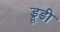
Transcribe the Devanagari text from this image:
ड्रूडी